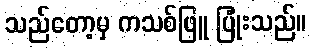
သည်တော့မှ ကသစ်ဖြူ ပြုံးသည်။